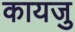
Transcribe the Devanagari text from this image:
कायजु